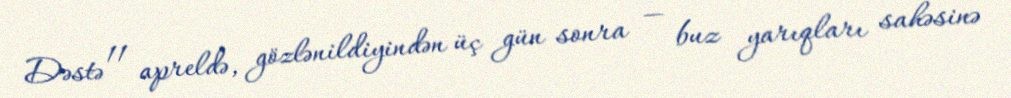
Dəstə 11 apreldə, gözlənildiyindən üç gün sonra — buz yarıqları sahəsinə